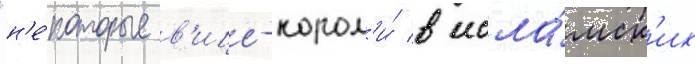
"н'е́которые в'ице-корол'и́ в исла́мск'их